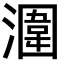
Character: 潿